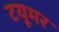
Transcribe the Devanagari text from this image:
टयूमर